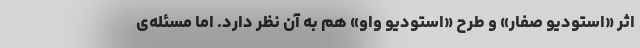
اثر «استودیو صفار» و طرح «استودیو واو» هم به آن نظر دارد. اما مسئله‌ی